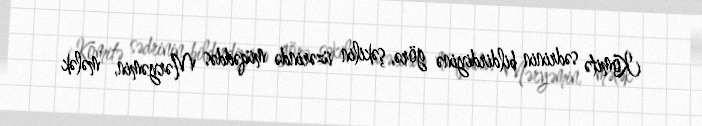
Komitə sədrinin bildirdiyinə görə, şəkilin üzərində müqəddəs Məryəmin, mələk